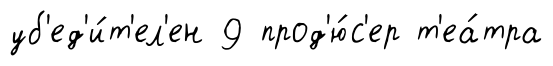
уб'ед'и́т'ел'ен 9 прод'ю́с'ер т'еа́тра